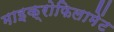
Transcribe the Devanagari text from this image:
माइक्रोफिलामेंट